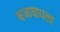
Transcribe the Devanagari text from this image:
बजावायला